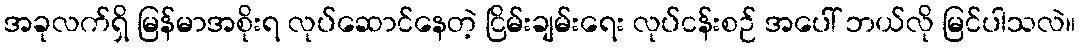
အခုလက်ရှိ မြန်မာအစိုးရ လုပ်ဆောင်နေတဲ့ ငြိမ်းချမ်းရေး လုပ်ငန်းစဉ် အပေါ် ဘယ်လို မြင်ပါသလဲ။